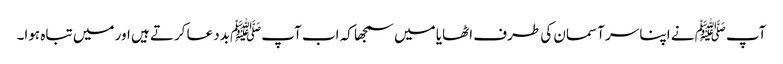
آپﷺ نے اپنا سر آسمان کی طرف اٹھایا میں سمجھا کہ اب آپﷺ بددعا کرتے ہیں اور میں تباہ ہوا۔